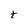
Character: t